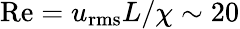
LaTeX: \mathrm{Re}=u_{\mathrm{rms}}L/\chi\sim 20